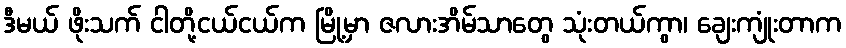
ဒီမယ် ဖိုးသက် ငါတို့ငယ်ငယ်က မြို့မှာ ဇလားအိမ်သာတွေ သုံးတယ်ကွာ၊ ချေးကျုံးတာက